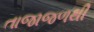
તાજાજળથી